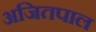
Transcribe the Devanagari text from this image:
अजितपाल